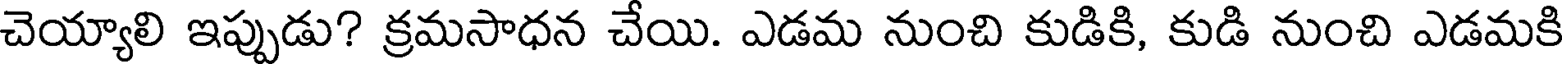
చెయ్యాలి ఇప్పుడు? క్రమసాధన చేయి. ఎడమ నుంచి కుడికి, కుడి నుంచి ఎడమకి